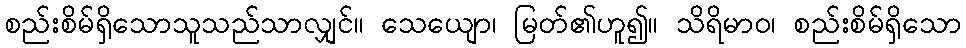
စည်းစိမ်ရှိသောသူသည်သာလျှင်။ သေယျော၊ မြတ်၏ဟူ၍။ သိရိမာဝ၊ စည်းစိမ်ရှိသော